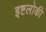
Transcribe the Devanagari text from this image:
इष्टलोकी